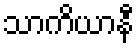
သာကိယာနီ